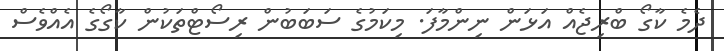
ދެމެ ކާގޯ ބްރިޖެއް އަޅަން ނިންމާފަ. މިކަމުގެ ސަބަބުން ރިސޯޓްތަކުން ކާގޯގެ އެއްްވެސް